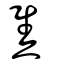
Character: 焦